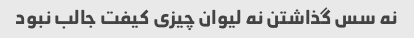
نه سس گذاشتن نه لیوان چیزی کیفت جالب نبود